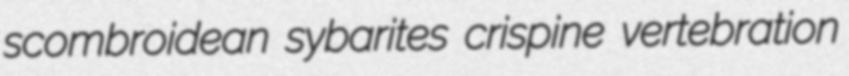
scombroidean sybarites crispine vertebration